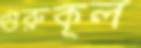
গুরুকূল